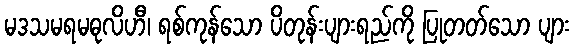
မဒသမရမဓုလိဟီ၊ ရစ်ကုန်သော ပိတုန်းပျားရည်ကို ပြုတတ်သော ပျား